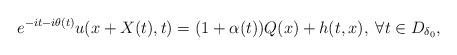
LaTeX: \begin{align*}e^{-it-i\theta(t)} u(x+ X(t),t) = (1+ \alpha(t)) Q (x)+h(t,x),\; \forall t\in D_{\delta_0},\end{align*}